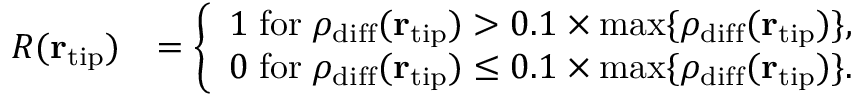
\begin{array} { r l } { R ( { \bf r } _ { \mathrm { t i p } } ) } & { = \bigg \{ \begin{array} { c } { 1 \; \mathrm { f o r } \; \rho _ { \mathrm { d i f f } } ( { \bf r } _ { \mathrm { t i p } } ) > 0 . 1 \times \mathrm { m a x } \{ \rho _ { \mathrm { d i f f } } ( { \bf r } _ { \mathrm { t i p } } ) \} , } \\ { 0 \; \mathrm { f o r } \; \rho _ { \mathrm { d i f f } } ( { \bf r } _ { \mathrm { t i p } } ) \le 0 . 1 \times \mathrm { m a x } \{ \rho _ { \mathrm { d i f f } } ( { \bf r } _ { \mathrm { t i p } } ) \} . } \end{array} } \end{array}